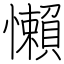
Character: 懶